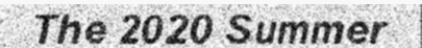
The 2020 Summer